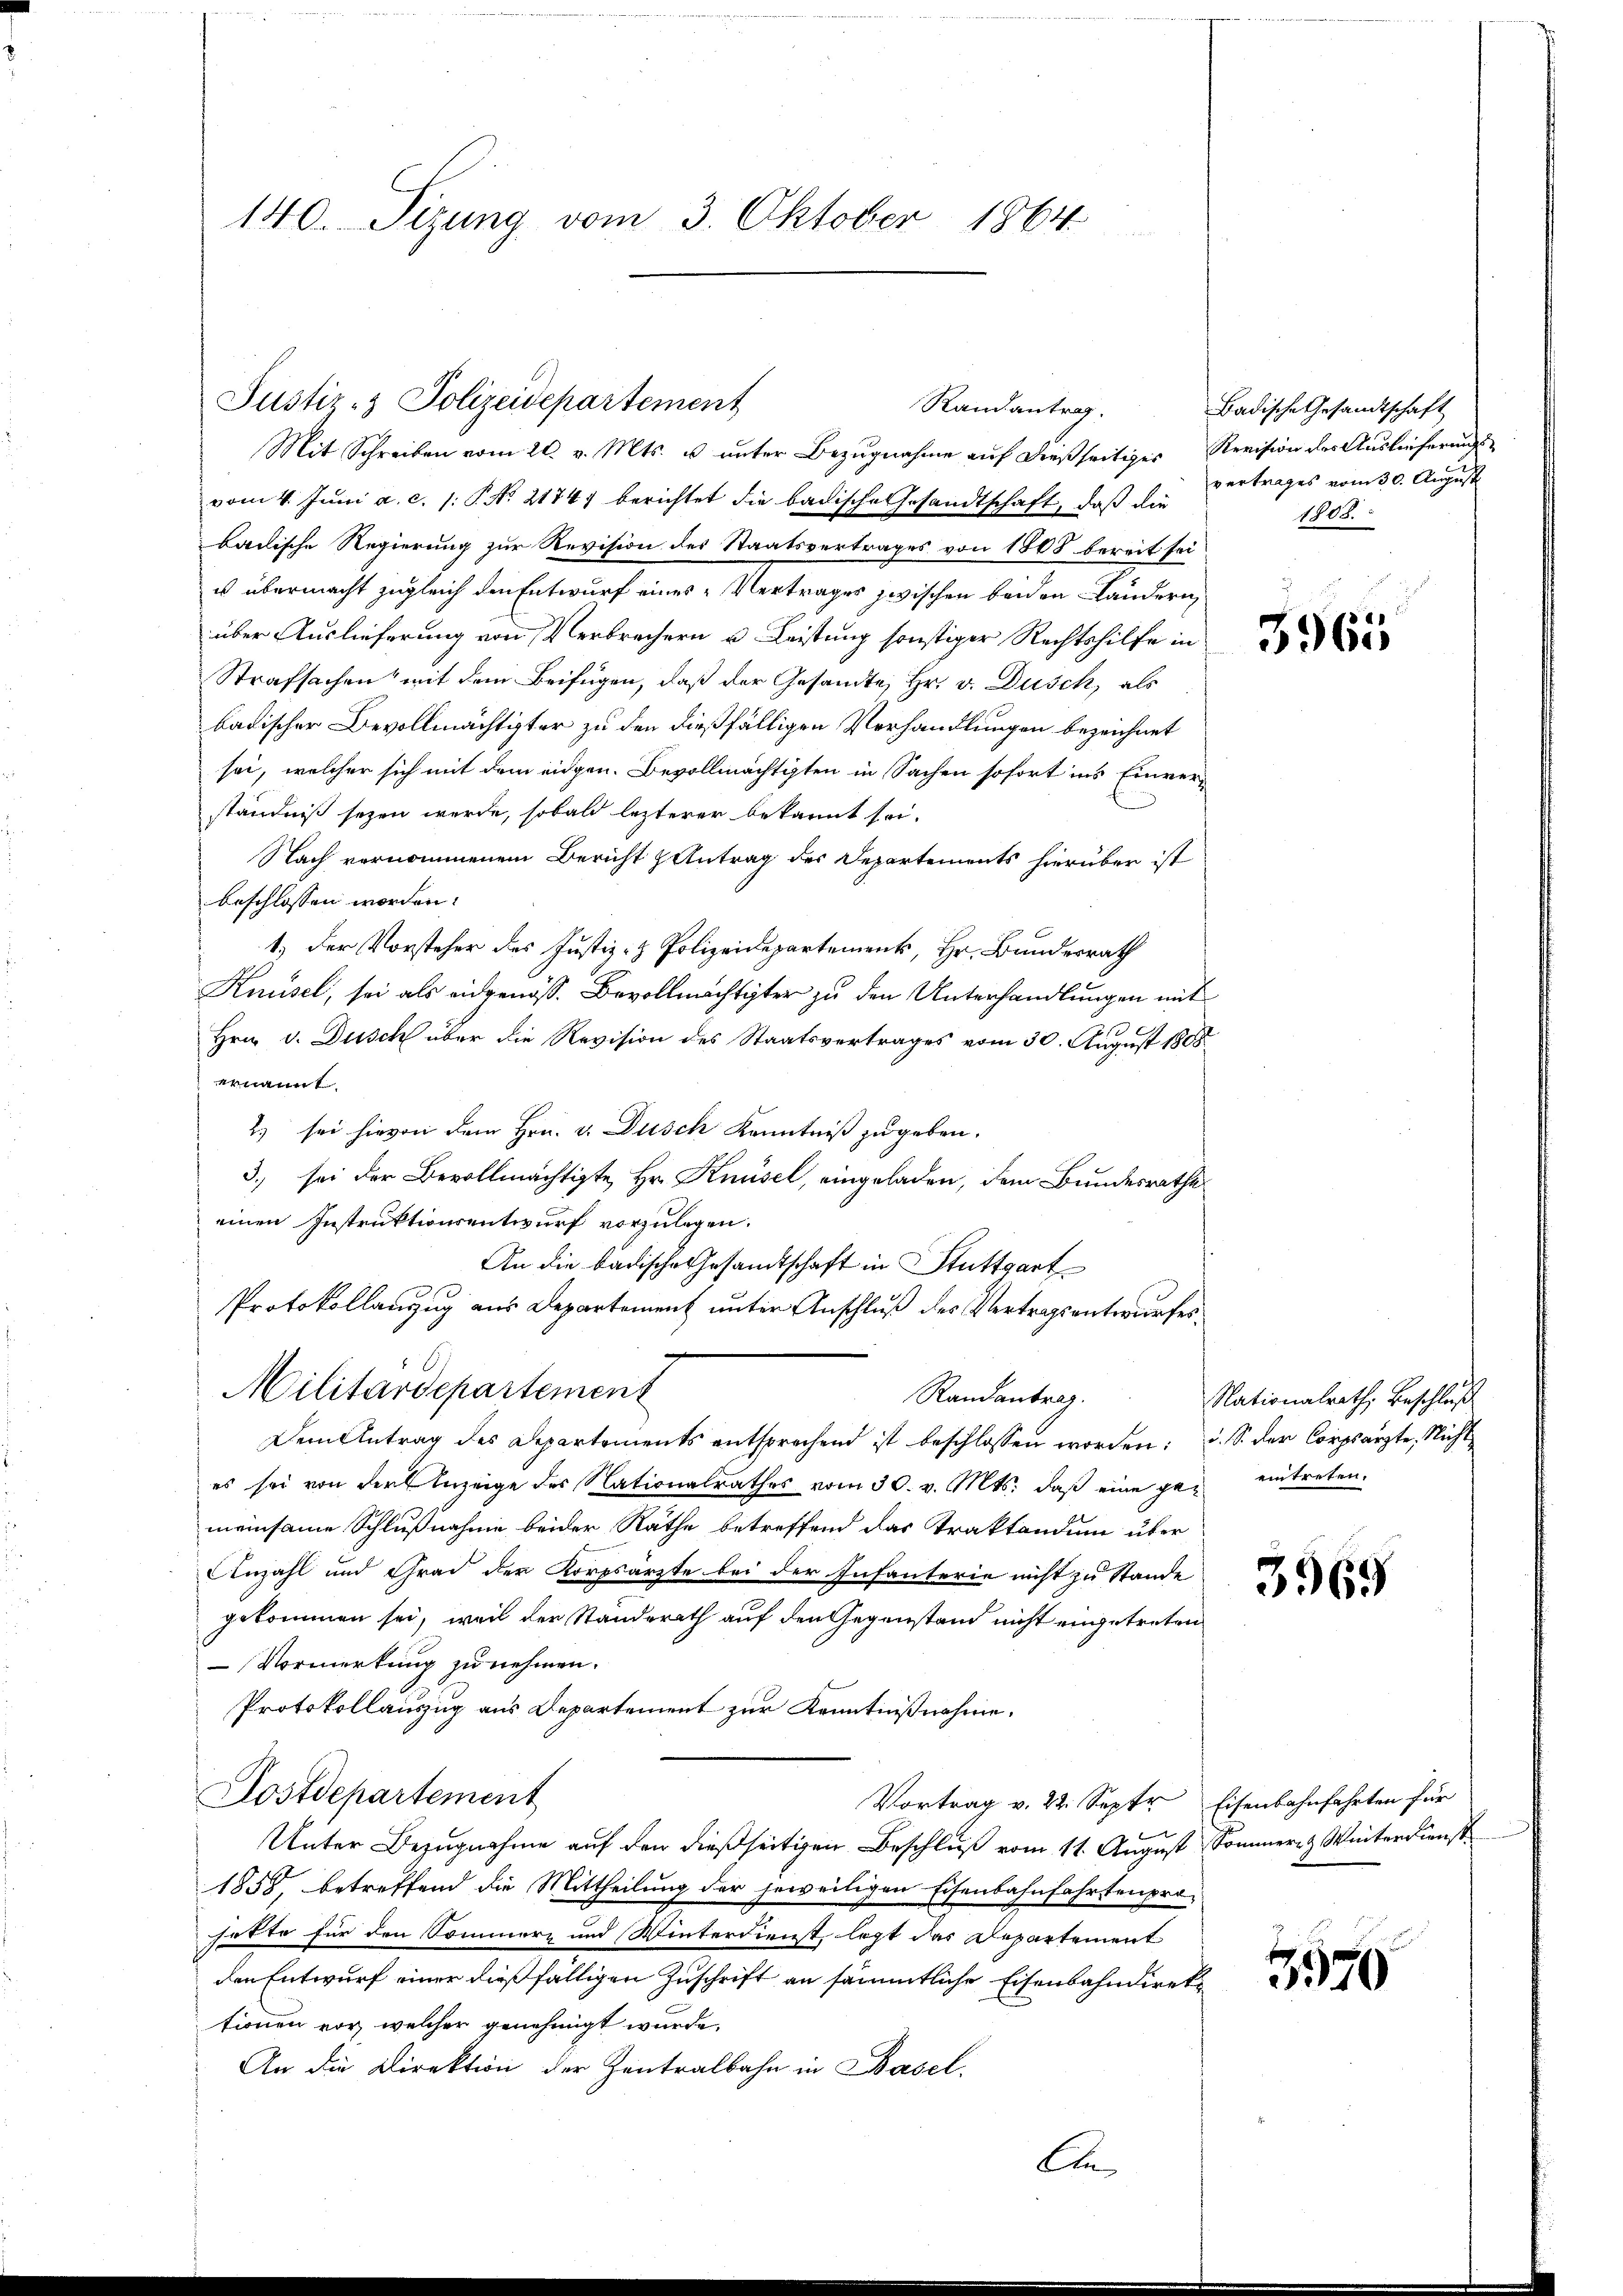
140. Sizung vom 3. Oktober 1864

Justiz- & Polizeidepartement
Rain antrag.

Mit Schreiben vom 20. v. Mts. u unter Bezugnahme auf dießseitiges Revision des Auslieferungsvom 4. Juni a. c. 1: P. Nr. 21741 berichtet die badische Gesandtschaft, daß die
badische Regierung zur Revision des Staatsvertrages von 1808 bereit seius übermacht zugleich den Entwurf eines Vertrages zwischen beiden Ländern,
über Auslieferung von Verbrechern u. Leistung sonstiger Rechtshilfe in
Strafsachen mit dem Beifügen, daß der Gesandte, Hr. v. Dusch, als
badischer Bevollmächtigter zu den dießfälligen Verhandlungen bezeichnet
sei, welcher sich mit dem eidgen. Bevollmächtigten in Sachen sofort ins Einverständniß sezen werde, sobald lezterer bekannt sei.
Nach vernommenem Bericht & Antrag des Departements hierüber ist
beschlossen worden.
1.) Der Vorsteher des Justiz- & Polizeidepartement, Hr. Bundesrath
Knüsel, sei als eidgenöss. Bevollmächtigter zu den Unterhandlungen mit
Hrn. v. Dusch über die Revision des Staatsvertrages vom 30. August 1808.
ernannt.
2) sei hievon dem Hrn. v. Dusch Kenntniß zugeben.
3) sei der Bevollmächtigte Hr. Knüsel, eingeladen, dem Bundesrathe
einen Instruktionsentwurf vorzulegen.
An die badische Gesandtschaft in Stuttgart
Protokollanzug aus Departement unter Anschluß des Vertragsentwurfes
Militärdepartement
Randantrag.
Dem Antrag des Departements entsprechend ist beschlossen worden: u. S. der Corpsärzte, Nicht
es sei von der Anzeige des Nationalrathes vom 30. v. Mts. daß eine gar eintreten.
meinsame Schlußnahme beider Räthe betreffend das Traktandum über
Anzahl und Grad der Korpsärzte bei der Infanterie nicht zu Stande
gekommen sei, weil der Standerath auf den Gegenstand nicht eingetreten
Vormerkung zu nehmen.
Protokollauszug aus Departement zur Kenntnißnahme.
Dostdepartement
Vortrag v. 22. Septer Eisenbahnfahrten für
Unter Bezugnahme auf den dießseitigen Beschluß vom 11. August Sommer Winterdienst
1858, betreffend die Mittheilung der jeweiligen Eisenbahnfahrtenpro-
hatte für den Sommerz und Winterdienst, legt das Departement
den Entwurf einer dießfälligen Zuschrift an sämmtliche Eisenbahndiret
tionen vor, welcher genehmigt wurde.
An die Direktion der Zentralbahn in Basel.
Ei

Badische Gesandtschaft
vertrages vom 30. August
1808.

3965

Nationalrath, Beschluß

3969

3550